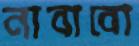
নাবাবো